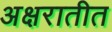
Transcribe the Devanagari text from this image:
अक्षरातीत